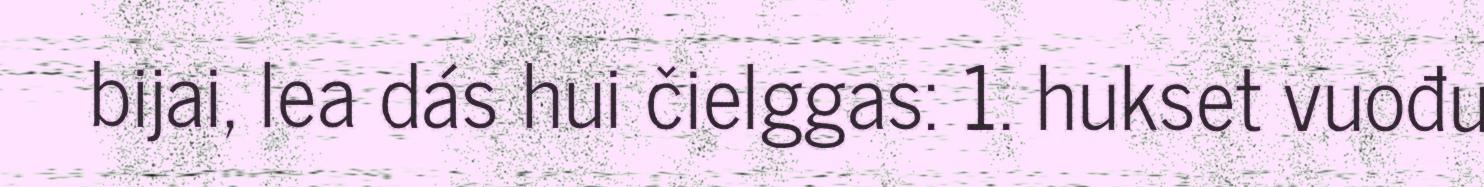
bijai, lea dás hui čielggas: 1. hukset vuođu